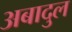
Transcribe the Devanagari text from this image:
अबादुल